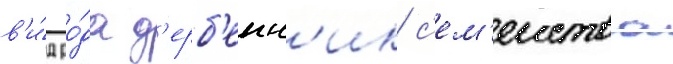
в'и́д ро́да д'ерб'енн'ик с'ем'еиства